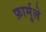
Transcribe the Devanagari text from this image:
फ़ार्मुले